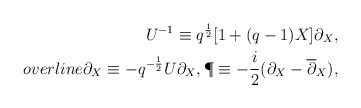
\begin{align*}U^{-1}\equiv q^{\frac{1}{2}}[1+(q-1)X]\partial_{X},\\overline{\partial}_{X}\equiv -q^{-\frac{1}{2}}U\partial_{X},\P\equiv -\frac{i}{2}(\partial_{X}-\overline{\partial}_{X}),\end{align*}